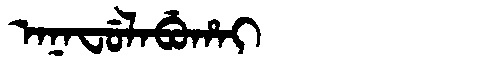
Manchu: ᠠᠨᠠᠸᡠᠯᠠᠪᡠᡥᠠᡳ
Romanization: ANAFULABUHAI